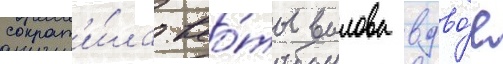
сократ'и́ла кво́ты вылова вдво́е